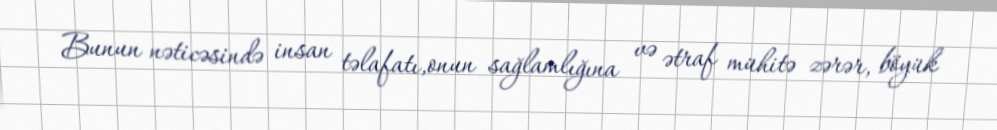
Bunun nəticəsində insan təlafatı,onun sağlamlığına və ətraf mühitə zərər, böyük